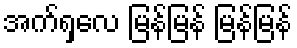
အက်ရှလေ မြန်မြန် မြန်မြန်